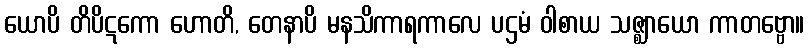
ယောပိ တိပိဋကော ဟောတိ, တေနာပိ မနသိကာရကာလေ ပဌမံ ဝါစာယ သဇ္ဈာယော ကာတဗ္ဗော။